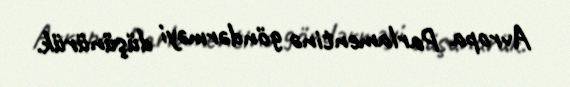
Avropa Parlamentinə göndərməyi düşünürük.